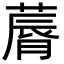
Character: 䔚